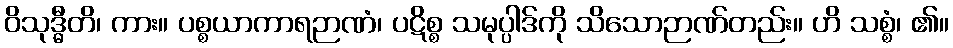
ဝိသုဒ္ဓီတိ၊ ကား။ ပစ္စယာကာရဉာဏံ၊ ပဋိစ္စ သမုပ္ပါဒ်ကို သိသောဉာဏ်တည်း။ ဟိ သစ္စံ၊ ၏။